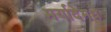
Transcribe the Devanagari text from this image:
मर्यादेमधे